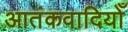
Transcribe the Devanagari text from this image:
आतंकवादियोँ